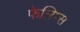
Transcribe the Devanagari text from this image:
फेलिम्स